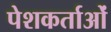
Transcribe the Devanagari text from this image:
पेशकर्ताओं